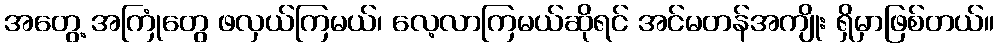
အတွေ့ အကြုံတွေ ဖလှယ်ကြမယ်၊ လေ့လာကြမယ်ဆိုရင် အင်မတန်အကျိုး ရှိမှာဖြစ်တယ်။